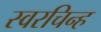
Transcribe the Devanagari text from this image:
स्वरचिन्ह